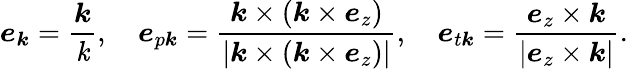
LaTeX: \boldsymbol{e}_{\boldsymbol{\mathit{k}}}=\frac{{\boldsymbol{\mathit{k}}}}{{\mathit{k}}},~~~~\boldsymbol{e}_{p\boldsymbol{\mathit{k}}}=\frac{{\boldsymbol{\mathit{k}}\times(\boldsymbol{\mathit{k}}\times\boldsymbol{e}_{z})}}{{|\boldsymbol{\mathit{k}}\times(\boldsymbol{\mathit{k}}\times\boldsymbol{e}_{z})|}},~~~~\boldsymbol{e}_{t\boldsymbol{\mathit{k}}}=\frac{{\boldsymbol{e}_{z}\times\boldsymbol{\mathit{k}}}}{{|\boldsymbol{e}_{z}\times\boldsymbol{\mathit{k}}|}}.